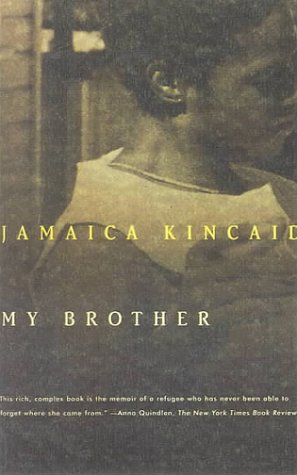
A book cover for My Brother (Turtleback School & Library Binding Edition); Jamaica Kincaid; Teen & Young Adult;